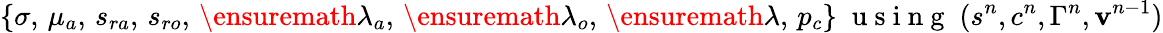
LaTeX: \{ \sigma,\, \mu_{a},\, s_{ra},\, s_{ro},\, \ensuremath{\lambda}_{a},\, \ensuremath{\lambda}_{o},\, \ensuremath{\lambda},\, p_{c}\} \; \mathrm{~u~s~i~n~g~}\; (s^{n},c^{n},\Gamma^{n},{\mathbf v}^{n-1})